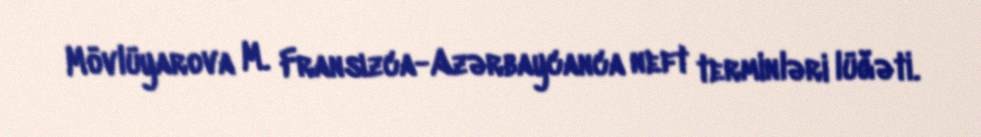
Mövlüyarova M. Fransızca-Azərbaycanca neft terminləri lüğəti.